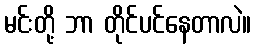
မင်းတို့ ဘာ တိုင်ပင်နေတာလဲ။